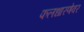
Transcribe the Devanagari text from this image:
फलधारणेवर